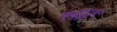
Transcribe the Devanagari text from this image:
५५६६५०